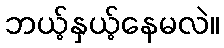
ဘယ့်နှယ့်နေမလဲ။